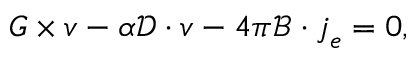
\boldsymbol { G } \times \boldsymbol { v } - \alpha \boldsymbol { { \mathcal { D } } } \cdot \boldsymbol { v } - 4 \pi \boldsymbol { { \mathcal { B } } } \cdot \boldsymbol { j } _ { e } = \boldsymbol { 0 } ,